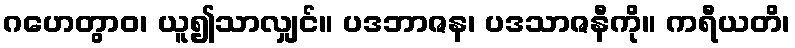
ဂဟေတွာဝ၊ ယူ၍သာလျှင်။ ပဒဘာဇန၊ ပဒသာဇနီကို။ ကရီယတိ၊